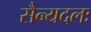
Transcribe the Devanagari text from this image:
सैन्यदलः